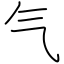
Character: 气